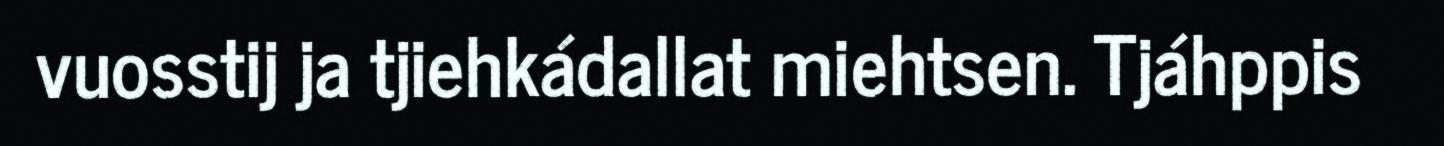
vuosstij ja tjiehkádallat miehtsen. Tjáhppis